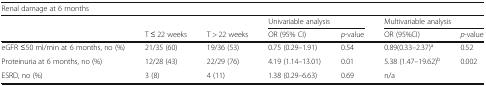
<table><thead><tr><td colspan="7"><b>Renal damage at 6 months</b></td></tr><tr><td></td><td></td><td></td><td colspan="2"><b>Univariable analysis</b></td><td colspan="2"><b>Multivariable analysis</b></td></tr><tr><td></td><td><b>T ≤ 22 weeks</b></td><td><b>T &gt; 22 weeks</b></td><td><b>OR (95% CI)</b></td><td><b><i>p</i>-value</b></td><td><b>OR (95%CI)</b></td><td><b><i>p</i>-value</b></td></tr></thead><tbody><tr><td>eGFR ≤50 ml/min at 6 months, no (%)</td><td>21/35 (60)</td><td>19/36 (53)</td><td>0.75 (0.29–1.91)</td><td>0.54</td><td>0.89(0.33–2.37)<sup>a</sup></td><td>0.52</td></tr><tr><td>Proteinuria at 6 months, no (%)</td><td>12/28 (43)</td><td>22/29 (76)</td><td>4.19 (1.14–13.01)</td><td>0.01</td><td>5.38 (1.47–19.62)<sup>b</sup></td><td>0.002</td></tr><tr><td>ESRD, no (%)</td><td>3 (8)</td><td>4 (11)</td><td>1.38 (0.29–6.63)</td><td>0.69</td><td>n/a</td><td></td></tr></tbody></table>